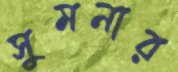
সুমনার